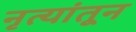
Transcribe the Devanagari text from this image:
नृत्यांतून